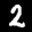
Label: 2